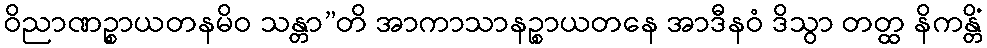
ဝိညာဏဉ္စာယတနမိဝ သန္တာ”တိ အာကာသာနဉ္စာယတနေ အာဒီနဝံ ဒိသွာ တတ္ထ နိကန္တိံ